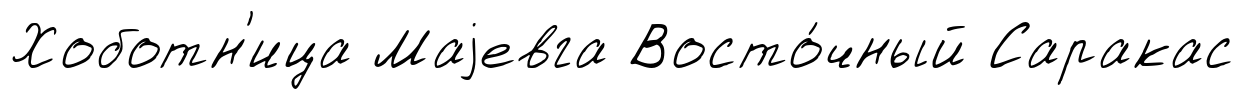
Хоботн'ица Маjевга Восто́чный Саракас